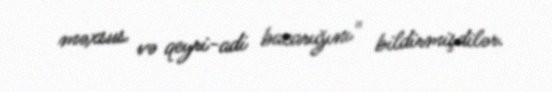
məxsus və qeyri-adi bacarığını" bildirmişdilər.